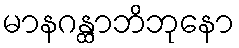
မာနဂန္ထာဘိဘုနော